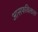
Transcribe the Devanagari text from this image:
आसफविलास